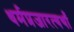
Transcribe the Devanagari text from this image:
धर्मप्रजारत्यर्थां